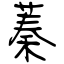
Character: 蓁